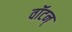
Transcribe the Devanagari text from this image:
वॉटन्